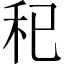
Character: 𥝗